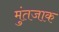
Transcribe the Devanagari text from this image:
मुंतजाक